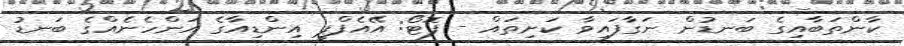
ކާންތަބާއިގެ ބަނޑުން ނަގާފައިވާ ކަށިތައް - ފޮޓޯ: އޭއެފްޕީ އިންޑިއާގެ އަންހެނެއްގެ ބަނޑު